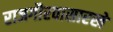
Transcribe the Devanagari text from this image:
राजगौरवासारखे